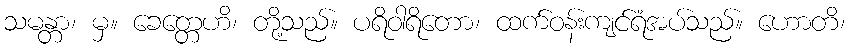
သမန္တာ၊ မှ။ ခေတ္တေဟိ၊ တို့သည်။ ပရိဝါရိတော၊ ထက်ဝန်းကျင်ရံအပ်သည်။ ဟောတိ၊